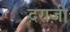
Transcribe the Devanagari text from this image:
दराज़ी